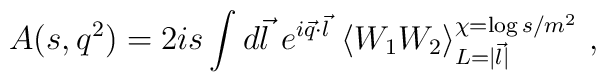
A(s,q^2)=2is\int d\vec l\ e^{i\vec q\cdot \vec l}\ \langle W_1 W_2\rangle _{L=|\vec l|}^{\chi=\log s/m^2}\ ,